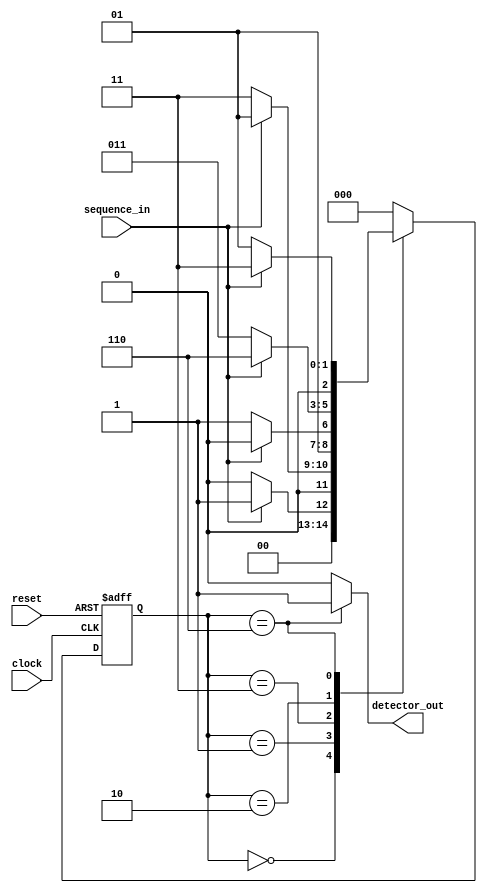
module MOORE(sequence_in,clock,reset,detector_out);
input clock;
input reset;
input sequence_in;
output reg detector_out;
parameter zero = 3'b000,
one = 3'b001,
onezero = 3'b011,
onezeroone = 3'b010,
onezerooneone = 3'b110;
reg[2:0] current_state,next_state;

//sequential memory of the moore FSM 
always @(posedge clock,posedge reset)
begin
if(reset == 1)
current_state <= zero;//when reset=1,reset the state of FSM to zero state 
else
current_state <= next_state;//otherwise next state
end

//combinational logic of the moore FSM to determine next state
always @(current_state,sequence_in)
begin
case(current_state)
zero : begin
if(sequence_in == 1)
next_state = one;
else
next_state = zero;
end

one:begin
if(sequence_in == 0)
next_state = onezero;
else
next_state = one;
end

onezero:begin
if(sequence_in == 1)
next_state = onezeroone;
else
next_state = onezero;
end

onezeroone:begin
if(sequence_in == 1)
next_state = onezerooneone;
else
next_state = onezero;
end

onezerooneone:begin
if(sequence_in == 1)
next_state = onezero;
else
next_state = one;
end
default:next_state = zero;
endcase
end

always @(current_state)
begin
case(current_state)
zero:detector_out=0;
one:detector_out=0;
onezero:detector_out=0;
onezeroone:detector_out=0;
onezerooneone:detector_out=1;
default:detector_out=0;
endcase
end

endmodule